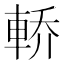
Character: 𲄶